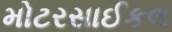
મોટરસાઈકલ